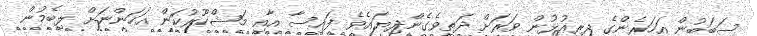
ސަބަބުން އަހަރެންގެ ދިރިއުޅުން ވަރަށް ދަތިވެގެންދިޔައެވެ. ފައިިސާ އާއި މަޝްހޫރުކަން އަހަންނަށް ލިބެމުން